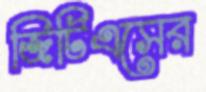
জিটিএসের